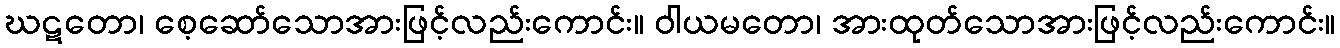
ဃဋတော၊ စေ့ဆော်သောအားဖြင့်လည်းကောင်း။ ဝါယမတော၊ အားထုတ်သောအားဖြင့်လည်းကောင်း။